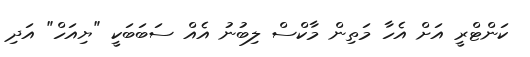
ކަންޓްރީ އަށް އެހާ މަތިން މާކްސް ލިބުނު އެއް ސަބަބަކީ "ޔިއަހް" އަދި